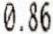
0.86